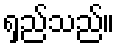
ရှည်သည်။